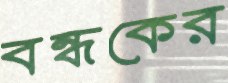
বন্ধকের